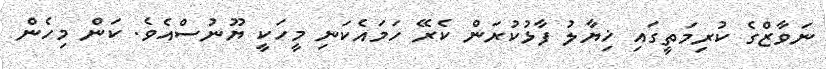
ނަވާޒްގެ ކުރިމަތީގައި ޚިޔާލު ފާޅުކުރަން ކެރޭ ހަމައެކަނި މީހަކީ ޔޫނުސްއެވެ. ކަން މިހެން